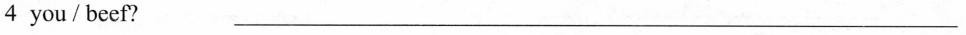
4 you/beef? ___